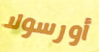
أورسولا